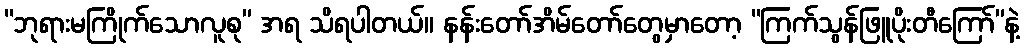
“ဘုရားမကြိုက်သောလူစု” အရ သိရပါတယ်။ နန်းတော်အိမ်တော်တွေမှာတော့ “ကြက်သွန်ဖြူပိုးတီကြော်”နဲ့